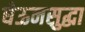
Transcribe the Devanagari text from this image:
घेऊनसुद्धा